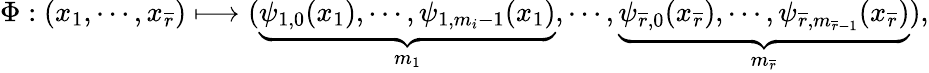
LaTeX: \Phi:(x_{1},\cdots,x_{\overline{{r}}})\longmapsto(\underbrace{\psi_{1,0}(x_{1}),\cdots,\psi_{1,m_{i}-1}(x_{1})}_{m_{1}},\cdots,\underbrace{\psi_{\overline{{r}},0}(x_{\overline{{r}}}),\cdots,\psi_{\overline{{r}},m_{\overline{{r}}-1}}(x_{\overline{{r}}})}_{m_{\overline{{r}}}}),